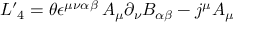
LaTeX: { \cal L ^ { \prime } } _ { 4 } = \theta \epsilon ^ { \mu \nu \alpha \beta } \, A _ { \mu } \partial _ { \nu } B _ { \alpha \beta } - j ^ { \mu } A _ { \mu }